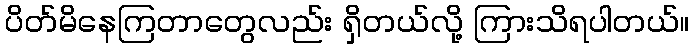
ပိတ်မိနေကြတာတွေလည်း ရှိတယ်လို့ ကြားသိရပါတယ်။